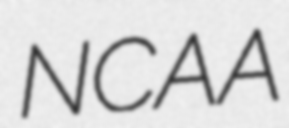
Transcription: NCAA